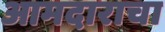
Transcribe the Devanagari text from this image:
आमदाराचा